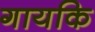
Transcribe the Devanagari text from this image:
गायकि